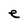
Character: e